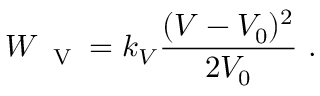
W _ { \mathrm { ~ \scriptsize ~ V ~ } } = k _ { \scriptsize V } \frac { ( V - V _ { 0 } ) ^ { 2 } } { 2 V _ { 0 } } \ .